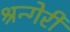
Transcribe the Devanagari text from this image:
श्रन्गेरी